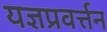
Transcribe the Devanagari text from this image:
यज्ञप्रवर्त्तन